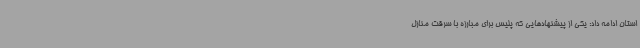
استان ادامه داد: یکی از پیشنهادهایی که پلیس برای مبارزه با سرقت منازل